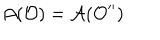
\mathcal { A } ( \mathcal { O } ) = \mathcal { A } ( \mathcal { O } ^ { \prime \prime } )